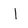
Character: l